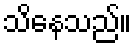
သိနေသည်။